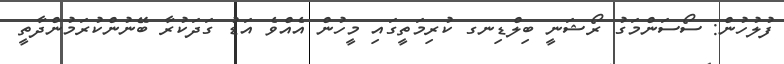
ފުލުހުން: ސޯސަންމަގު ރޯޝަނީ ބިލްޑިނގ ކުރިމަތީގައިި މީހުން އެއްވެ އަޑު ގަދަކުރާ ބޭނުންކުރަމުންދާތީ